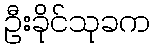
ဦးခိုင်သုခက